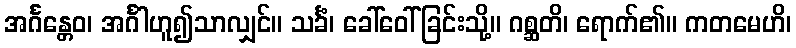
အင်္ဂန္တေဝ၊ အင်္ဂါဟူ၍သာလျှင်။ သင်္ခံ၊ ခေါ်ဝေါ်ခြင်းသို့။ ဂစ္ဆတိ၊ ရောက်၏။ ကတမေဟိ၊